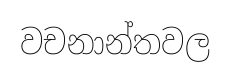
වචනාන්තවල